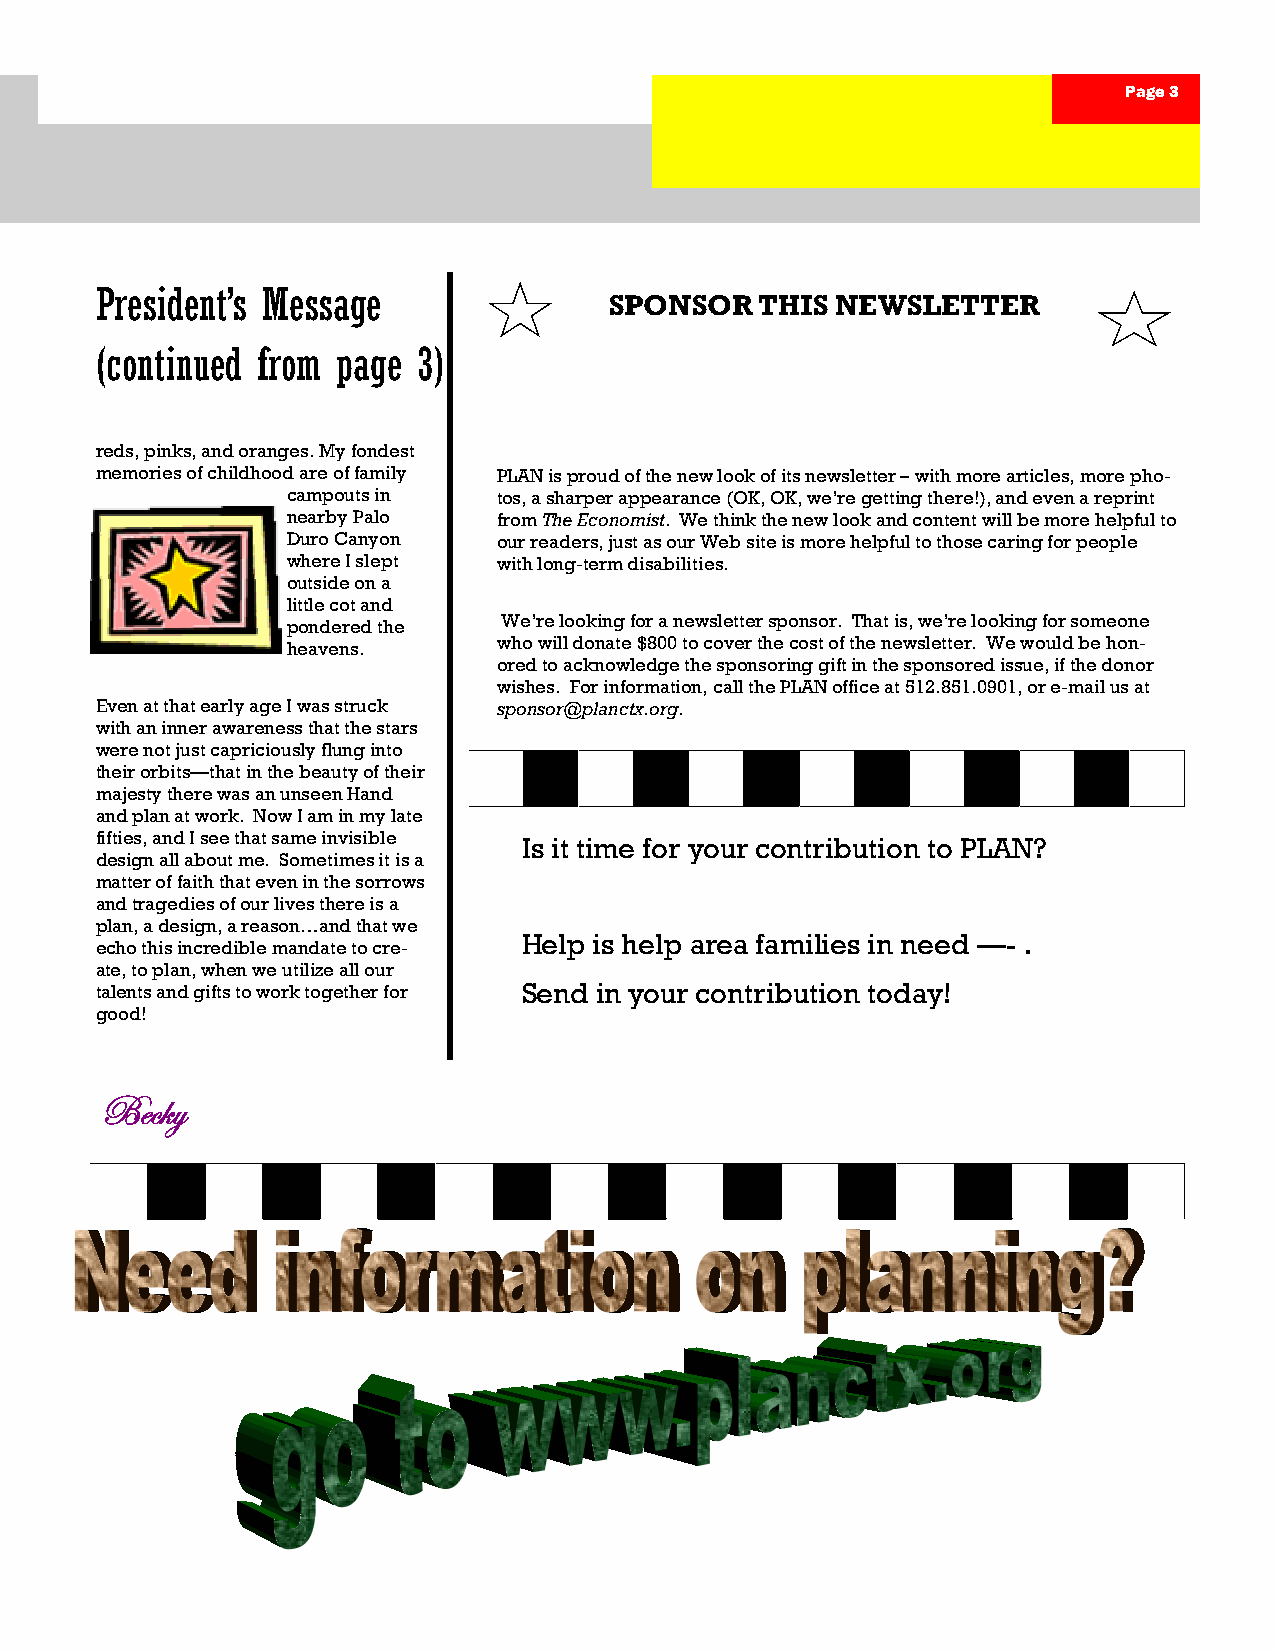
Page 3
 President’s Message
 SPONSOR   THIS NEWSLETTER
 (continued from page  3)
 reds, pinks, and oranges. My fondest
 memories of childhood are of family PLAN is proud of the new look of its newsletter – with more articles, more pho-
 campouts in   tos, a sharper appearance (OK, OK, we’re getting there!), and even a reprint
 nearby Palo   from The Economist. We think the new look and content will be more helpful to
 Duro Canyon   our readers, just as our Web site is more helpful to those caring for people
 where I slept with long-term disabilities.
 outside on a
 little cot and
 pondered the  We’re looking for a newsletter sponsor. That is, we’re looking for someone
 heavens.      who will donate $800 to cover the cost of the newsletter. We would be hon-
 ored to acknowledge the sponsoring gift in the sponsored issue, if the donor
 wishes. For information, call the PLAN office at 512.851.0901, or e-mail us at
 Even at that early age I was struck sponsor@planctx.org.
 with an inner awareness that the stars
 were not just capriciously flung into
 their orbits—that in the beauty of their
 majesty there was an unseen Hand
 and plan at work. Now I am in my late
 fifties, and I see that same invisible Is it time for your contribution to PLAN?
 design all about me. Sometimes it is a
 matter of faith that even in the sorrows
 and tragedies of our lives there is a
 plan, a design, a reason…and that we
 Help is help area families in need —- .
 echo this incredible mandate to cre-
 ate, to plan, when we utilize all our
 talents and gifts to work together for Send in your contribution today!
 good!
 Uxv~ç